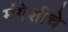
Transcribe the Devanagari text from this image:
मंगेशीचे